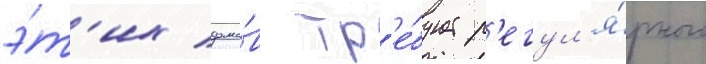
э́т'их домо́в тр'е́бует р'егул'я́рного